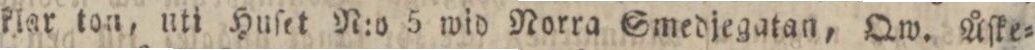
klor ton, uti Huſet N:o 5 wid Norra Smedjegatan, Qw. Å